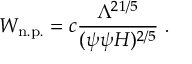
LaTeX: W _ { \mathrm { n . p . } } = c \frac { \Lambda ^ { 2 1 / 5 } } { ( \psi \psi H ) ^ { 2 / 5 } } \ .